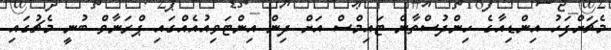
މެޗަށްފަހު އިންޑިއާގެ ހިންދުސްތާން ޓައިމްސް އަށް ދިން އިންޓަވިއުއެއްގައި ޕްރަނާވް ބުނީ މެޗުގައި